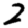
Digit: 2